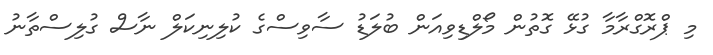
މި ޕްރޮގްރާމާ ގުޅޭ ގޮތުން މޯލްޑިވިއަން ބުލަޑު ސާވިސްގެ ކުލިނިކަލް ނާސް ގުލިސްތާނު